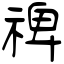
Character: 禆